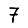
Digit: 7